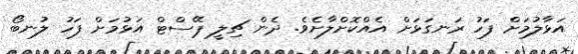
އަޅާލުމަށް ފަހު ރަނގަޅަށް އެއްކޮށްލާށެވެ. ދެން ޗިލީ ޕޭސްޓް އަޅުމަށް ފަހު ލުނބޯ